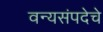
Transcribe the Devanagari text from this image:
वन्यसंपदेचे